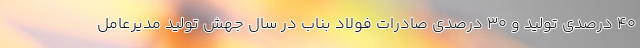
40 درصدي توليد و 30 درصدي صادرات فولاد بناب در سال جهش تولید مدیرعامل